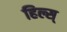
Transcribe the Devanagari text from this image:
हिल्स्